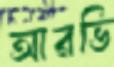
আরভি